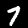
Digit: 7